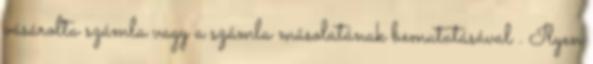
vásárolta számla vagy a számla másolatának bemutatásával . Ilyen